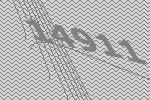
14911